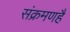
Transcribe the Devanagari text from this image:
संक्रमणहै